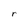
Character: r